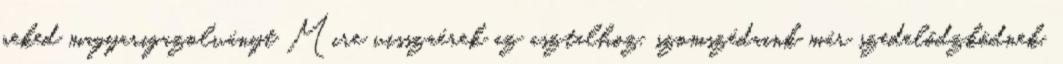
neked magyarigazolványt Mire visszaérek az asztalhoz, szomszédaink már szedelődzködnek,